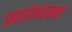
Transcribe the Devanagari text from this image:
स्वार्थभावना